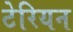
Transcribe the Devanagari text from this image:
टेरियन